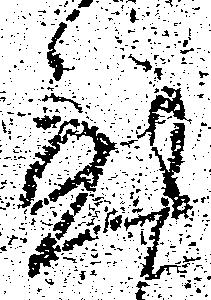
至